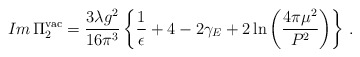
\begin{align*}Im \, \Pi_2^{\rm vac} = \frac{3\lambda g^2}{16\pi^3}\left\{ \frac{1}{\epsilon} + 4 -2\gamma_E + 2\ln\left(\frac{4\pi\mu^2}{P^2}\right) \right\} \, .\end{align*}